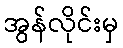
အွန်လိုင်းမှ